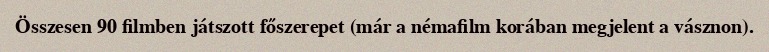
Összesen 90 filmben játszott főszerepet (már a némafilm korában megjelent a vásznon).